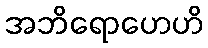
အဘိရောဟေဟိ